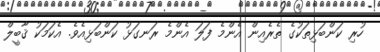
ހުރި ކަންބަޅިތަކުގެ ތެރެއިން އެންމެ ފަލަ އެންމެ ރަނގަޅު ކަންބަޅިއެވެ. އެކަމަކު ޤާބީލް